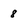
Character: 8